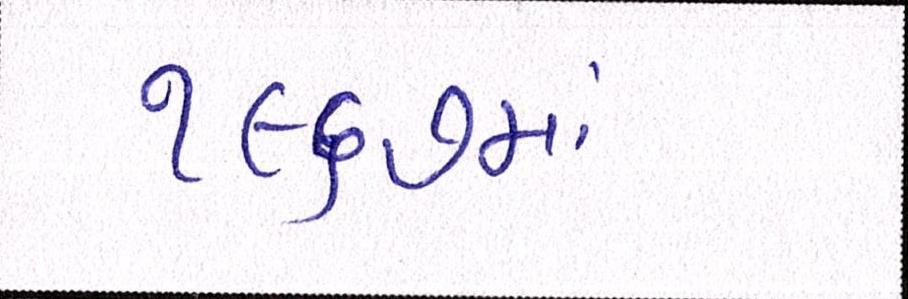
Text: ૧૯૬૭માં